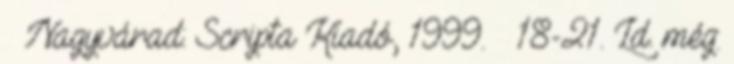
– Nagyvárad: Scripta Kiadó, 1999. – 18-21. Ld. még: